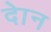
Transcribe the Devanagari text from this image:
दाेन